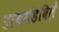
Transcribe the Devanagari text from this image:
डायमंडविले